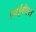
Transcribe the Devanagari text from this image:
एनईबीएस